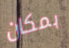
بمكان